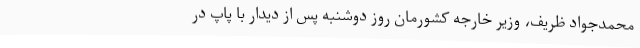
محمدجواد ظریف، وزیر خارجه کشورمان روز دوشنبه پس از دیدار با پاپ در